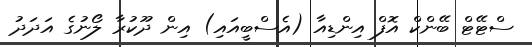
ސްޓޭޓް ބޭންކް އޮފް އިންޑިއާ (އެސްބީއައި) އިން ދޫކުރާ ލޯނުގެ އަދަދު